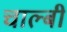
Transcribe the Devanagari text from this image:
चाल्बी